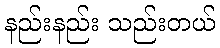
နည်းနည်း သည်းတယ်